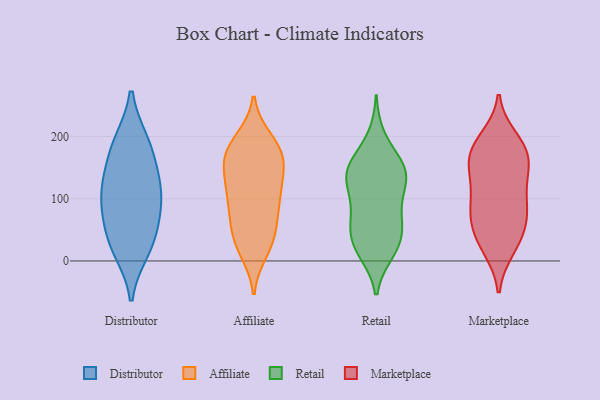
{"axis": {"x": "Page Views", "y": "Value"}, "legend": ["Affiliate", "Distributor", "Marketplace", "Retail"], "data": [{"x": "", "y": 110, "type": "Distributor"}, {"x": "", "y": 190, "type": "Distributor"}, {"x": "", "y": 84, "type": "Distributor"}, {"x": "", "y": 29, "type": "Distributor"}, {"x": "", "y": 19, "type": "Distributor"}, {"x": "", "y": 44, "type": "Distributor"}, {"x": "", "y": 189, "type": "Distributor"}, {"x": "", "y": 122, "type": "Distributor"}, {"x": "", "y": 97, "type": "Distributor"}, {"x": "", "y": 153, "type": "Distributor"}, {"x": "", "y": 133, "type": "Affiliate"}, {"x": "", "y": 31, "type": "Affiliate"}, {"x": "", "y": 183, "type": "Affiliate"}, {"x": "", "y": 17, "type": "Affiliate"}, {"x": "", "y": 31, "type": "Affiliate"}, {"x": "", "y": 166, "type": "Affiliate"}, {"x": "", "y": 40, "type": "Affiliate"}, {"x": "", "y": 194, "type": "Affiliate"}, {"x": "", "y": 69, "type": "Affiliate"}, {"x": "", "y": 185, "type": "Affiliate"}, {"x": "", "y": 161, "type": "Affiliate"}, {"x": "", "y": 167, "type": "Affiliate"}, {"x": "", "y": 105, "type": "Affiliate"}, {"x": "", "y": 113, "type": "Affiliate"}, {"x": "", "y": 157, "type": "Affiliate"}, {"x": "", "y": 90, "type": "Affiliate"}, {"x": "", "y": 118, "type": "Affiliate"}, {"x": "", "y": 75, "type": "Affiliate"}, {"x": "", "y": 67, "type": "Retail"}, {"x": "", "y": 199, "type": "Retail"}, {"x": "", "y": 24, "type": "Retail"}, {"x": "", "y": 146, "type": "Retail"}, {"x": "", "y": 139, "type": "Retail"}, {"x": "", "y": 98, "type": "Retail"}, {"x": "", "y": 110, "type": "Retail"}, {"x": "", "y": 141, "type": "Retail"}, {"x": "", "y": 162, "type": "Retail"}, {"x": "", "y": 49, "type": "Retail"}, {"x": "", "y": 31, "type": "Retail"}, {"x": "", "y": 71, "type": "Retail"}, {"x": "", "y": 58, "type": "Retail"}, {"x": "", "y": 130, "type": "Retail"}, {"x": "", "y": 154, "type": "Retail"}, {"x": "", "y": 18, "type": "Retail"}, {"x": "", "y": 138, "type": "Retail"}, {"x": "", "y": 14, "type": "Retail"}, {"x": "", "y": 92, "type": "Marketplace"}, {"x": "", "y": 100, "type": "Marketplace"}, {"x": "", "y": 168, "type": "Marketplace"}, {"x": "", "y": 197, "type": "Marketplace"}, {"x": "", "y": 20, "type": "Marketplace"}, {"x": "", "y": 69, "type": "Marketplace"}, {"x": "", "y": 23, "type": "Marketplace"}, {"x": "", "y": 80, "type": "Marketplace"}, {"x": "", "y": 130, "type": "Marketplace"}, {"x": "", "y": 71, "type": "Marketplace"}, {"x": "", "y": 171, "type": "Marketplace"}, {"x": "", "y": 184, "type": "Marketplace"}, {"x": "", "y": 129, "type": "Marketplace"}, {"x": "", "y": 37, "type": "Marketplace"}, {"x": "", "y": 185, "type": "Marketplace"}, {"x": "", "y": 162, "type": "Marketplace"}, {"x": "", "y": 147, "type": "Marketplace"}, {"x": "", "y": 53, "type": "Marketplace"}]}